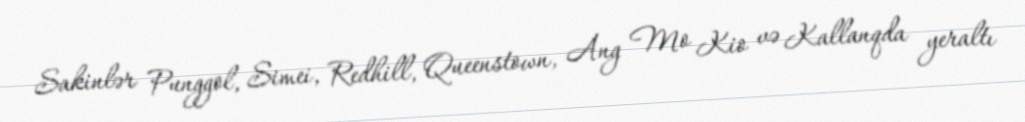
Sakinlər Punggol, Simei, Redhill, Queenstown, Ang Mo Kio və Kallanqda yeraltı